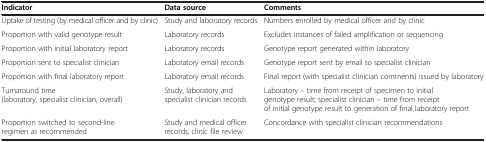
| Indicator | Data source | Comments |
 | --- | --- | --- |
 | Uptake of testing (by medical officer and by clinic) | Study and laboratory records | Numbers enrolled by medical officer and by clinic |
 | Proportion with valid genotype result | Laboratory records | Excludes instances of failed amplification or sequencing |
 | Proportion with initial laboratory report | Laboratory records | Genotype report generated within laboratory |
 | Proportion sent to specialist clinician | Laboratory email records | Genotype report sent by email to specialist clinician |
 | Proportion with final laboratory report | Laboratory email records | Final report (with specialist clinician comments) issued by laboratory |
 | Turnaround time (laboratory, specialist clinician, overall) | Study, laboratory and specialist clinician records | Laboratory – time from receipt of specimen to initial genotype result; specialist clinician – time from receipt of initial genotype result to generation of final laboratory report |
 | Proportion switched to second-line regimen as recommended | Study and medical officer records; clinic file review | Concordance with specialist clinician recommendations |